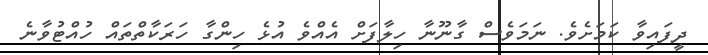
ދީފައިވާ ކަމަށެވެ. ނަމަވެސް ގާނޫނާ ހިލާފަށް އެއްވެ އުޅެ ހިންގާ ހަރަކާތްތައް ހުއްޓުވާނެ